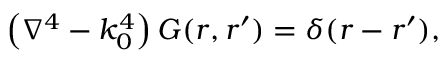
\left( \nabla ^ { 4 } - k _ { 0 } ^ { 4 } \right) G ( \boldsymbol { r } , \boldsymbol { r ^ { \prime } } ) = \delta ( \boldsymbol { r } - \boldsymbol { r ^ { \prime } } ) ,